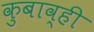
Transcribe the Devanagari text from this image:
कुबाव्ही